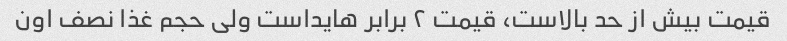
قیمت بیش از حد بالاست، قیمت ٢ برابر هایداست ولی حجم غذا نصف اون